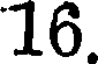
16.